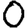
Digit: 0